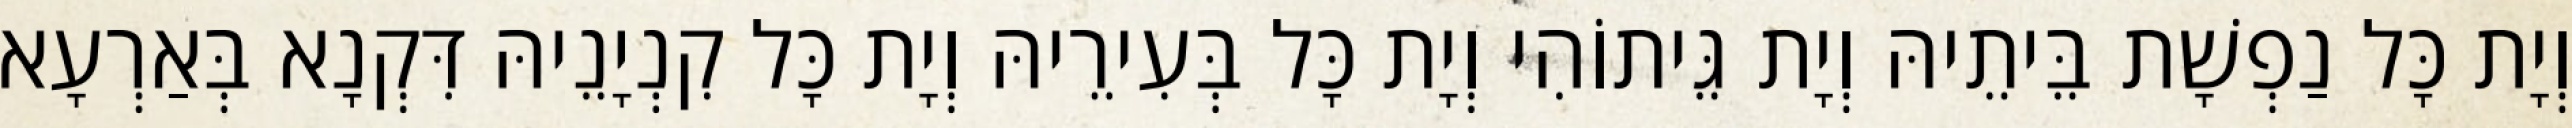
וְיָת כָּל נַפְשָׁת בֵּיתֵיהּ וְיָת גֵּיתוֹהִי וְיָת כָּל בְּעִירֵיהּ וְיָת כָּל קִנְיָנֵיהּ דִּקְנָא בְּאַרְעָא